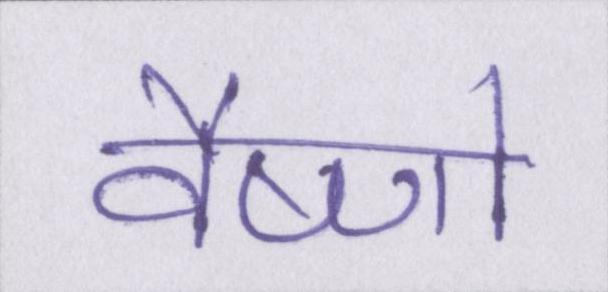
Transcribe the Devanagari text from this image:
वैष्णो